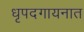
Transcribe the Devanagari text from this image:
धृपदगायनात